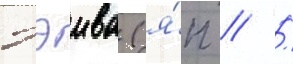
Рэива (я́п // /